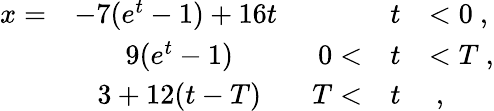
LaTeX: \begin{array}{rcrcl}{{x=}}&{{-7(e^{t}-1)+16t\mathrm{~}}}&{{}}&{{t}}&{{<0\ ,}}\\ {{}}&{{9(e^{t}-1)}}&{{0<}}&{{t}}&{{<T\ ,}}\\ {{}}&{{3+12(t-T)}}&{{T<}}&{{t}}&{{\ ,}}\end{array}